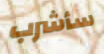
سأشرب